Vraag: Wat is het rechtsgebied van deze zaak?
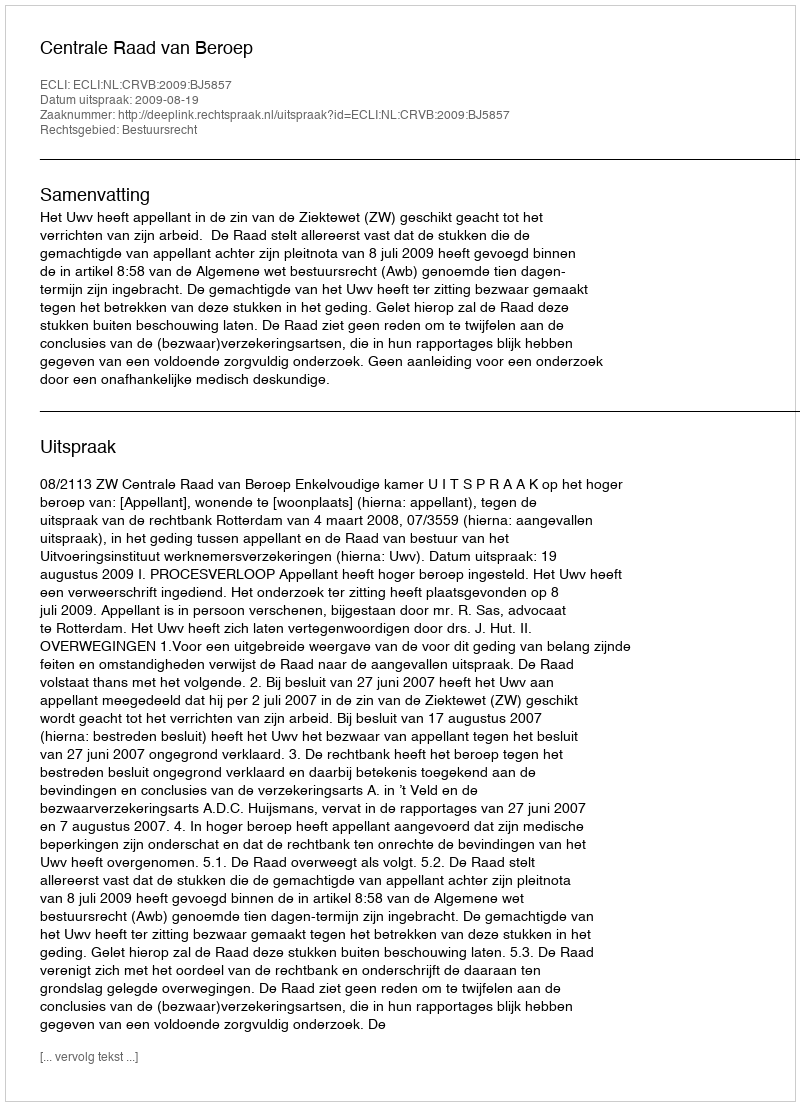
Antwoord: Bestuursrecht